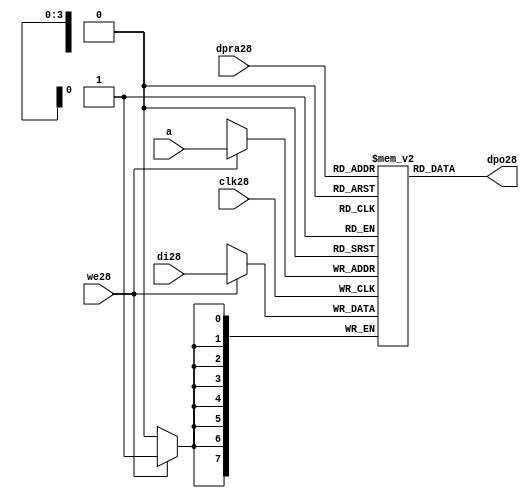
//////////////////////////////////////////////////////////////////////
////                                                              ////
////  raminfr28.v                                                   ////
////                                                              ////
////                                                              ////
////  This28 file is part of the "UART28 16550 compatible28" project28    ////
////  http28://www28.opencores28.org28/cores28/uart1655028/                   ////
////                                                              ////
////  Documentation28 related28 to this project28:                      ////
////  - http28://www28.opencores28.org28/cores28/uart1655028/                 ////
////                                                              ////
////  Projects28 compatibility28:                                     ////
////  - WISHBONE28                                                  ////
////  RS23228 Protocol28                                              ////
////  16550D uart28 (mostly28 supported)                              ////
////                                                              ////
////  Overview28 (main28 Features28):                                   ////
////  Inferrable28 Distributed28 RAM28 for FIFOs28                        ////
////                                                              ////
////  Known28 problems28 (limits28):                                    ////
////  None28                .                                       ////
////                                                              ////
////  To28 Do28:                                                      ////
////  Nothing so far28.                                             ////
////                                                              ////
////  Author28(s):                                                  ////
////      - gorban28@opencores28.org28                                  ////
////      - Jacob28 Gorban28                                          ////
////                                                              ////
////  Created28:        2002/07/22                                  ////
////  Last28 Updated28:   2002/07/22                                  ////
////                  (See log28 for the revision28 history28)          ////
////                                                              ////
////                                                              ////
//////////////////////////////////////////////////////////////////////
////                                                              ////
//// Copyright28 (C) 2000, 2001 Authors28                             ////
////                                                              ////
//// This28 source28 file may be used and distributed28 without         ////
//// restriction28 provided that this copyright28 statement28 is not    ////
//// removed from the file and that any derivative28 work28 contains28  ////
//// the original copyright28 notice28 and the associated disclaimer28. ////
////                                                              ////
//// This28 source28 file is free software28; you can redistribute28 it   ////
//// and/or modify it under the terms28 of the GNU28 Lesser28 General28   ////
//// Public28 License28 as published28 by the Free28 Software28 Foundation28; ////
//// either28 version28 2.1 of the License28, or (at your28 option) any   ////
//// later28 version28.                                               ////
////                                                              ////
//// This28 source28 is distributed28 in the hope28 that it will be       ////
//// useful28, but WITHOUT28 ANY28 WARRANTY28; without even28 the implied28   ////
//// warranty28 of MERCHANTABILITY28 or FITNESS28 FOR28 A PARTICULAR28      ////
//// PURPOSE28.  See the GNU28 Lesser28 General28 Public28 License28 for more ////
//// details28.                                                     ////
////                                                              ////
//// You should have received28 a copy of the GNU28 Lesser28 General28    ////
//// Public28 License28 along28 with this source28; if not, download28 it   ////
//// from http28://www28.opencores28.org28/lgpl28.shtml28                     ////
////                                                              ////
//////////////////////////////////////////////////////////////////////
//
// CVS28 Revision28 History28
//
// $Log: not supported by cvs2svn28 $
// Revision28 1.1  2002/07/22 23:02:23  gorban28
// Bug28 Fixes28:
//  * Possible28 loss of sync and bad28 reception28 of stop bit on slow28 baud28 rates28 fixed28.
//   Problem28 reported28 by Kenny28.Tung28.
//  * Bad (or lack28 of ) loopback28 handling28 fixed28. Reported28 by Cherry28 Withers28.
//
// Improvements28:
//  * Made28 FIFO's as general28 inferrable28 memory where possible28.
//  So28 on FPGA28 they should be inferred28 as RAM28 (Distributed28 RAM28 on Xilinx28).
//  This28 saves28 about28 1/3 of the Slice28 count and reduces28 P&R and synthesis28 times.
//
//  * Added28 optional28 baudrate28 output (baud_o28).
//  This28 is identical28 to BAUDOUT28* signal28 on 16550 chip28.
//  It outputs28 16xbit_clock_rate - the divided28 clock28.
//  It's disabled by default. Define28 UART_HAS_BAUDRATE_OUTPUT28 to use.
//

//Following28 is the Verilog28 code28 for a dual28-port RAM28 with asynchronous28 read. 
module raminfr28   
        (clk28, we28, a, dpra28, di28, dpo28); 

parameter addr_width28 = 4;
parameter data_width28 = 8;
parameter depth = 16;

input clk28;   
input we28;   
input  [addr_width28-1:0] a;   
input  [addr_width28-1:0] dpra28;   
input  [data_width28-1:0] di28;   
//output [data_width28-1:0] spo28;   
output [data_width28-1:0] dpo28;   
reg    [data_width28-1:0] ram28 [depth-1:0]; 

wire [data_width28-1:0] dpo28;
wire  [data_width28-1:0] di28;   
wire  [addr_width28-1:0] a;   
wire  [addr_width28-1:0] dpra28;   
 
  always @(posedge clk28) begin   
    if (we28)   
      ram28[a] <= di28;   
  end   
//  assign spo28 = ram28[a];   
  assign dpo28 = ram28[dpra28];   
endmodule